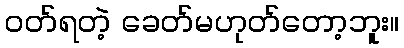
ဝတ်ရတဲ့ ခေတ်မဟုတ်တော့ဘူး။